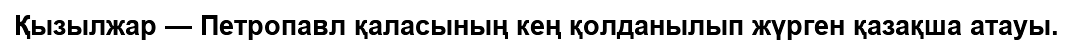
Қызылжар — Петропавл қаласының кең қолданылып жүрген қазақша атауы.